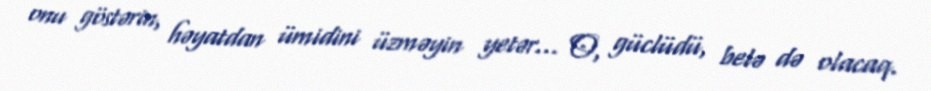
onu göstərin, həyatdan ümidini üzməyin yetər... O, güclüdü, belə də olacaq.